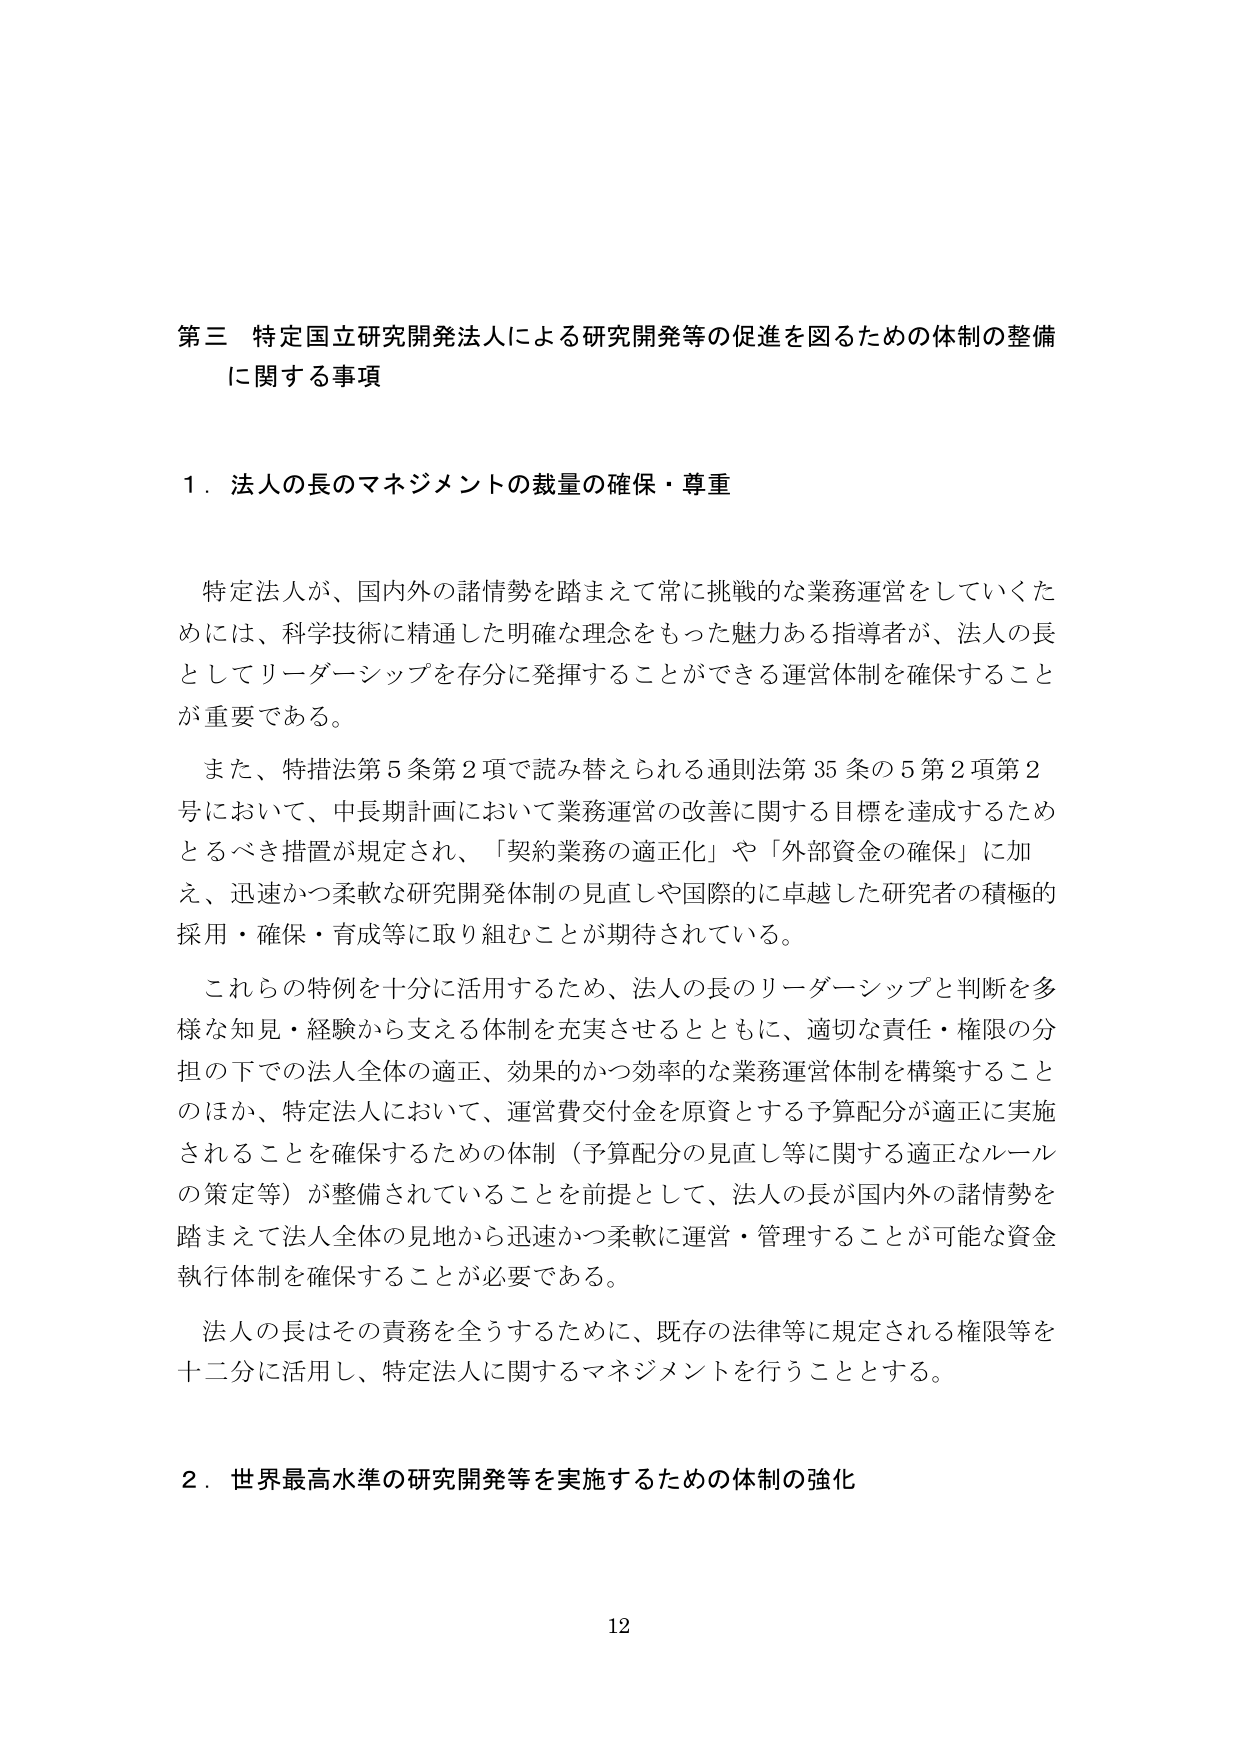
第三 特定国立研究開発法人による研究開発等の促進を図るための体制の整備
に関する事項

１．法人の長のマネジメントの裁量の確保・尊重

特定法人が、国内外の諸情勢を踏まえて常に挑戦的な業務運営をしていくためには、科学技術に精通した明確な理念をもった魅力ある指導者が、法人の長としてリーダーシップを存分に発揮することができる運営体制を確保することが重要である。

また、特措法第５条第２項で読み替えられる通則法第35条の5第2項第2号において、中長期計画において業務運営の改善に関する目標を達成するためとるべき措置が規定され、「契約業務の適正化」や「外部資金の確保」に加え、迅速かつ柔軟な研究開発体制の見直しや国際的に卓越した研究者の積極的採用・確保・育成等に取り組むことが期待されている。

これらの特例を十分に活用するため、法人の長のリーダーシップと判断を多様な知見・経験から支える体制を充実させるとともに、適切な責任・権限の分担の下での法人全体の適正、効果的かつ効率的な業務運営体制を構築することのほか、特定法人において、運営費交付金を原資とする予算配分が適正に実施されることを確保するための体制（予算配分の見直し等に関する適正なルールの策定等）が整備されていることを前提として、法人の長が国内外の諸情勢を踏まえて法人全体の見地から迅速かつ柔軟に運営・管理することが可能な資金執行体制を確保することが必要である。

法人の長はその責務を全うするために、既存の法律等に規定される権限等を十二分に活用し、特定法人に関するマネジメントを行うこととする。

２．世界最高水準の研究開発等を実施するための体制の強化

12